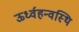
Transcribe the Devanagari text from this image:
ऊर्ध्वहन्वस्थि